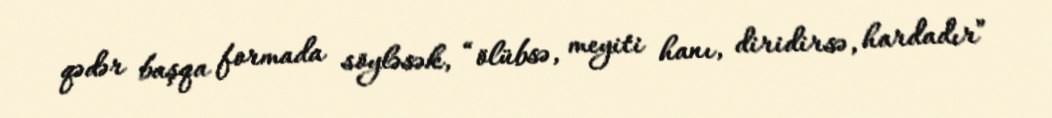
qədər başqa formada söyləsək, “ölübsə, meyiti hanı, diridirsə, hardadır”